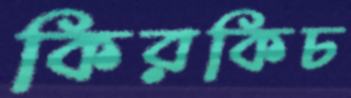
কিরকিচ